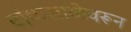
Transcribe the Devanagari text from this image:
टांकसाळेवरून